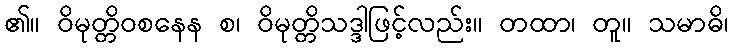
၏။ ဝိမုတ္တိဝစနေန စ၊ ဝိမုတ္တိသဒ္ဒါဖြင့်လည်း။ တထာ၊ တူ။ သမာဓိ၊